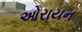
ઓરાયન